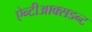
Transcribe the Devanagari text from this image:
ऐन्टीआक्सडन्ट